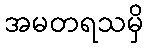
အမတရသမှိ